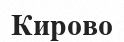
Кирово